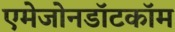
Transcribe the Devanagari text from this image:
एमेजोनडॉटकॉम